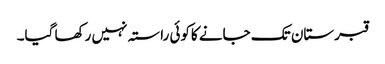
قبرستان تک جانے کاکوئی راستہ نہیں رکھا گیا۔